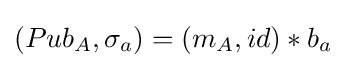
(Pub_{A},\sigma _{a})=(m_{A},id)*b_{a}